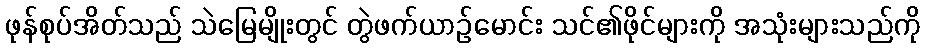
ဖုန်စုပ်အိတ်သည် သဲမြေမျိုးတွင် တွဲဖက်ယာဉ်မောင်း သင်၏ဖိုင်များကို အသုံးများသည်ကို